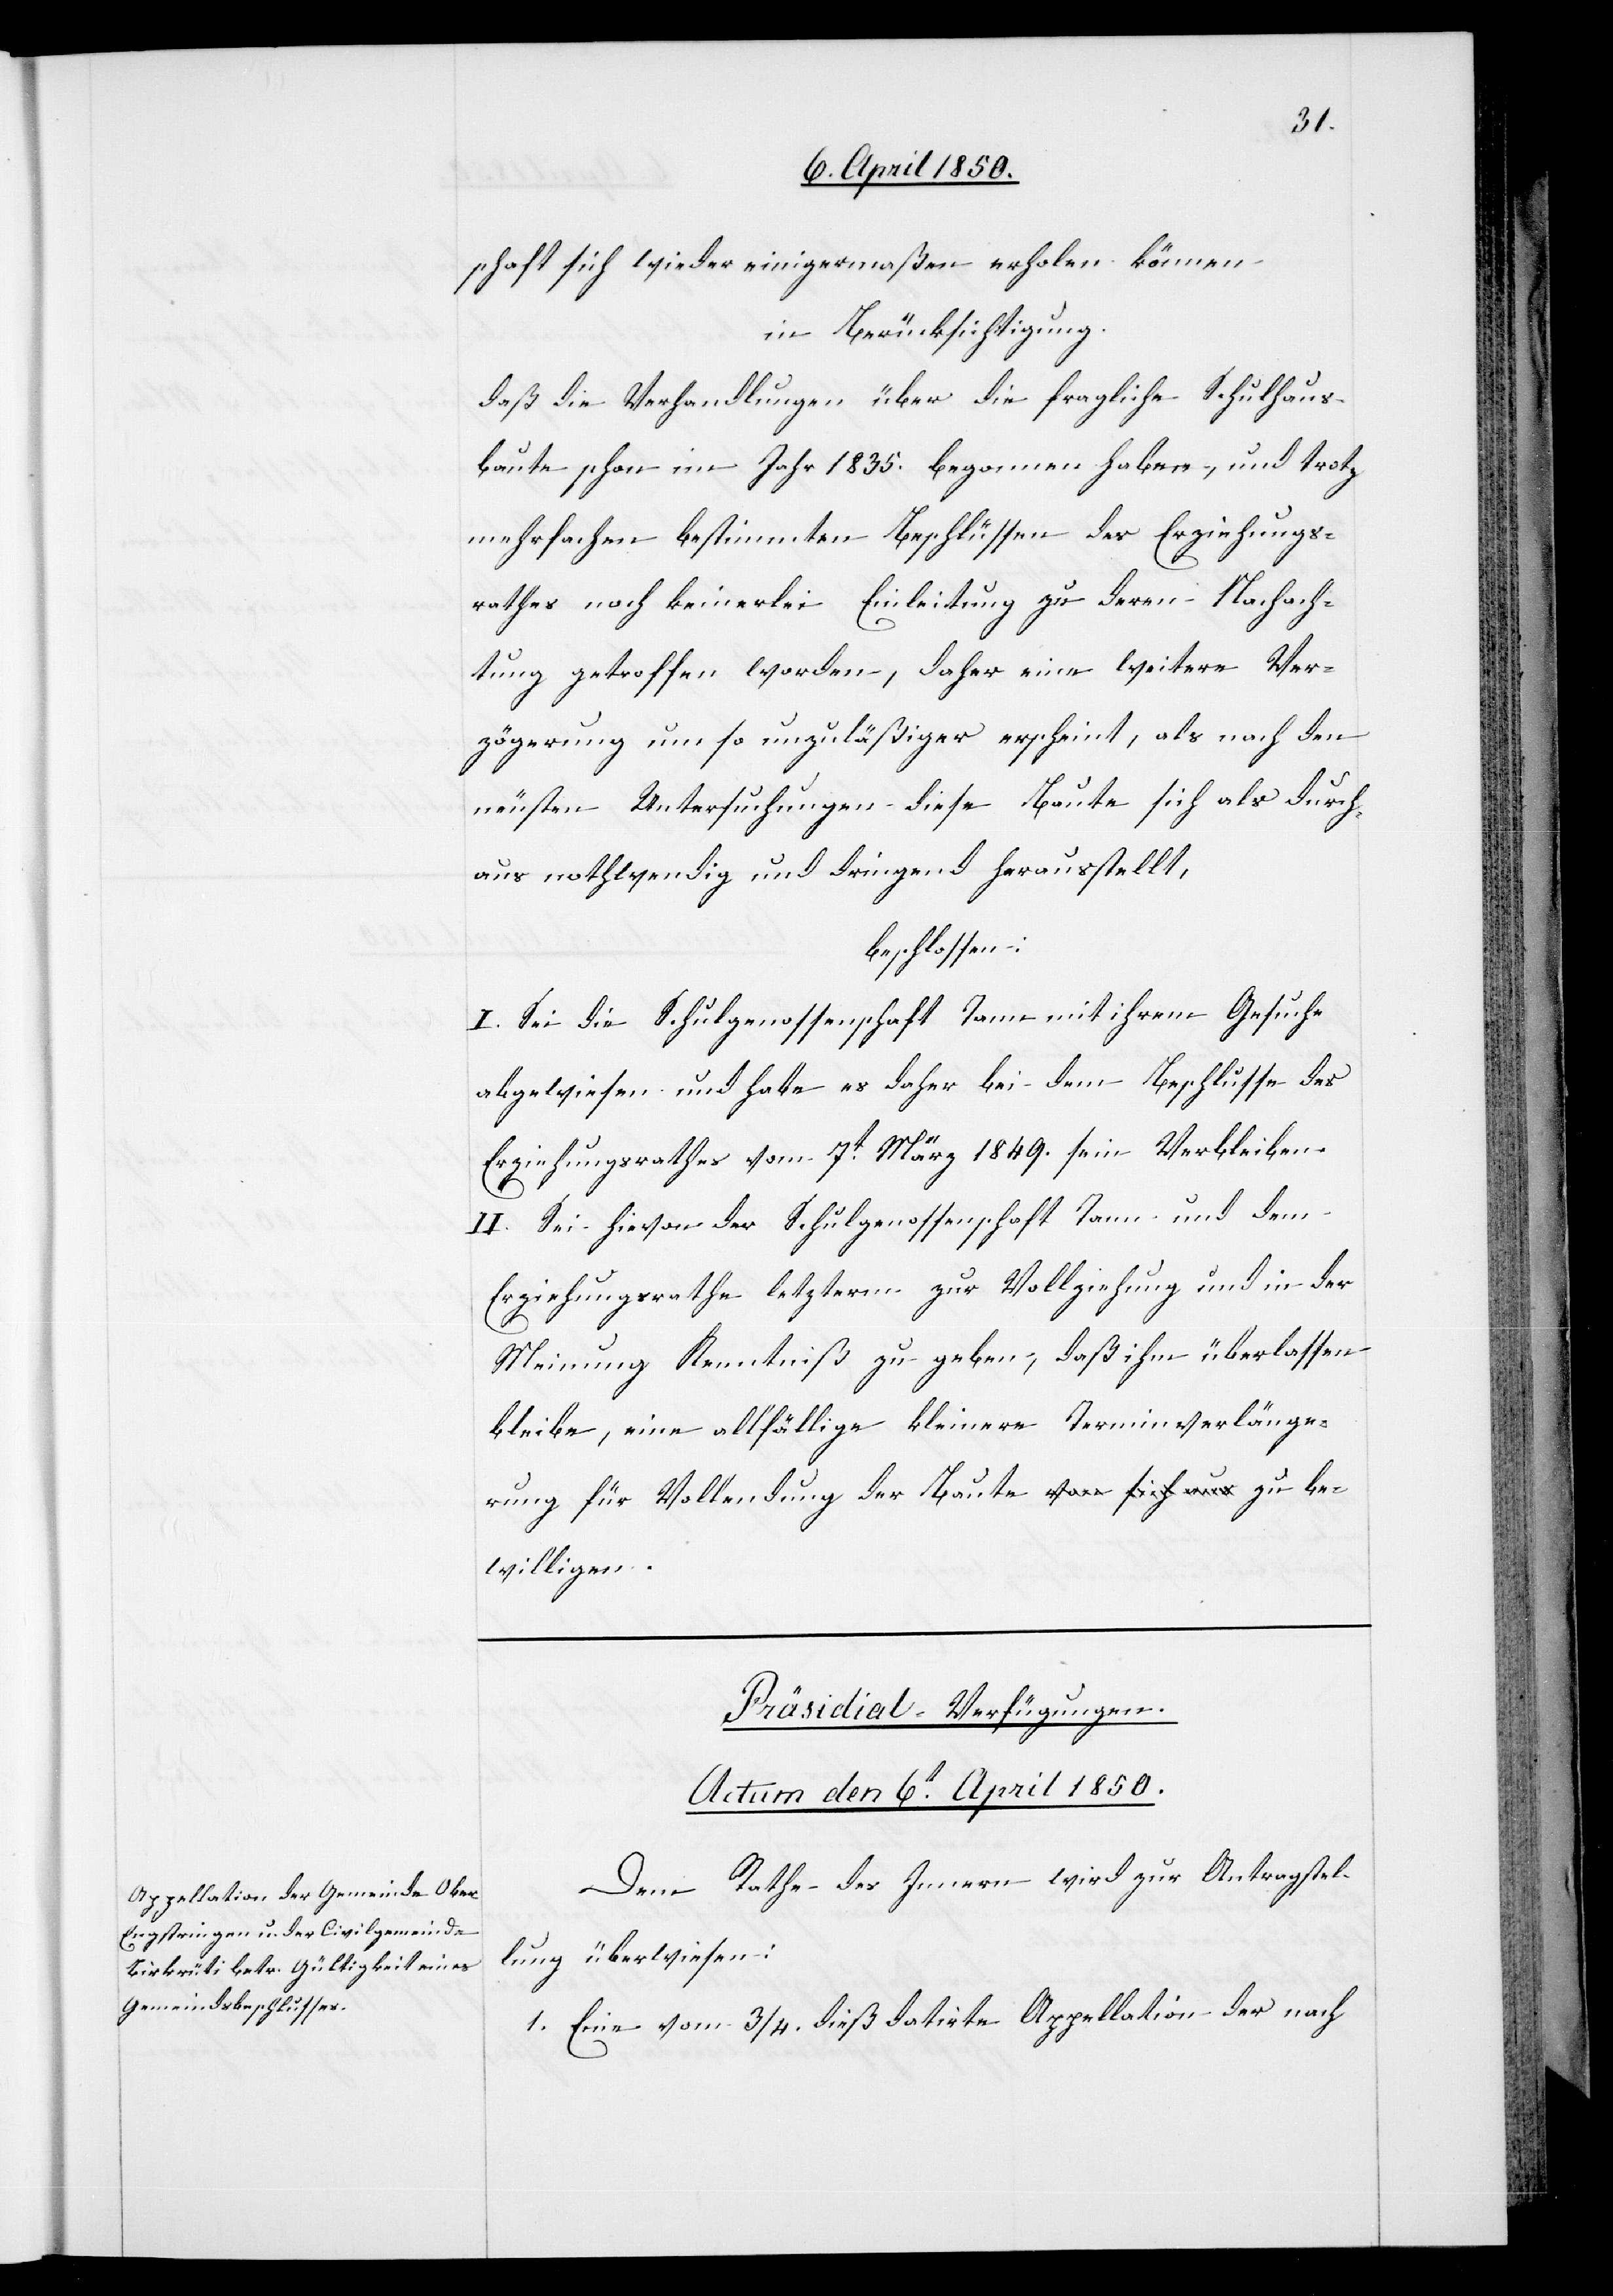
schaft sich wieder einigermaßen erholen können
in Berücksichtigung.
daß die Verhandlungen über die fragliche Schulhaus¬
baute schon im Jahr 1835. begonnen haben, und trotz
mehrfachen bestimmten Beschlüssen des Erziehungs¬
rathes noch keinerlei Einleitung zu deren Nachach¬
tung getroffen worden, daher eine weitere Ver¬
zögerung um so unzuläßiger erscheint, als nach den
neusten Untersuchungen diese Baute sich als durch¬
aus nothwendig und dringend herausstellt,
beschlossen:
I. Sei die Schulgenossenschaft Tann mit ihrem Gesuche
abgewiesen und habe es daher bei dem Beschlusse des
Erziehungsrathes vom 7t März 1849. sein Verbleiben.
II. Sei hievon der Schulgenossenschaft Tann und dem
Erziehungsrathe letzterm zur Vollziehung und in der
Meinung Kenntniß zu geben, daß ihm überlassen
bleibe, eine allfällige kleinere Terminverlänge¬
rung für Vollendung der Baute zu bewilligen.
Präsidial-Verfügungen.
Actum den 6t April 1850.
Dem Rathe des Innern wird zur Antragstel¬
lung überwiesen:
1. Eine vom 3/4. dieß datirte Appellation der nach